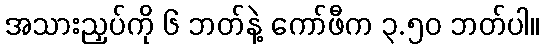
အသားညှပ်ကို ၆ ဘတ်နဲ့ ကော်ဖီက ၃.၅၀ ဘတ်ပါ။